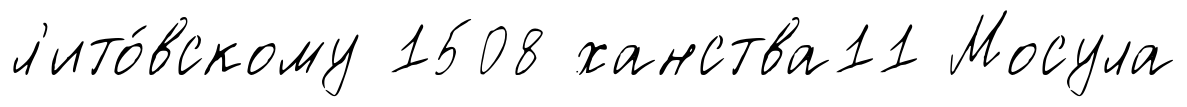
л'ито́вскому 1508 ханства11 Мосула